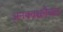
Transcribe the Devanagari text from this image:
अनक्वश्चनैबल